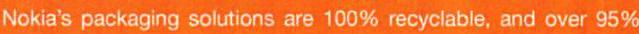
Nokia's packaging solutions are 100% recyclable, and over 95%